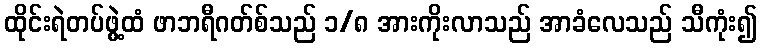
ထိုင်းရဲတပ်ဖွဲ့ထံ ဖာဘရီဂတ်စ်သည် ၁/၈ အားကိုးလာသည် အာခံလေသည် သီကုံး၍